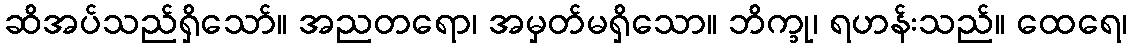
ဆိအပ်သည်ရှိသော်။ အညတရော၊ အမှတ်မရှိသော။ ဘိက္ခု၊ ရဟန်းသည်။ ထေရေ၊